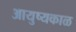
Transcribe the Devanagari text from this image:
आयुष्यकाळ